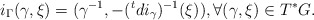
\begin{align*} i_\Gamma(\gamma,\xi) = (\gamma^{-1},-({}^tdi_{\gamma})^{-1}(\xi)),\forall (\gamma,\xi)\in T^*G.\end{align*}